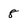
Character: 8